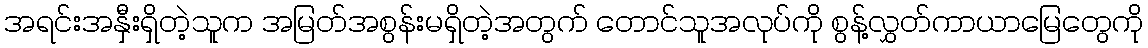
အရင်းအနှီးရှိတဲ့သူက အမြတ်အစွန်းမရှိတဲ့အတွက် တောင်သူအလုပ်ကို စွန့်လွှတ်ကာယာမြေတွေကို